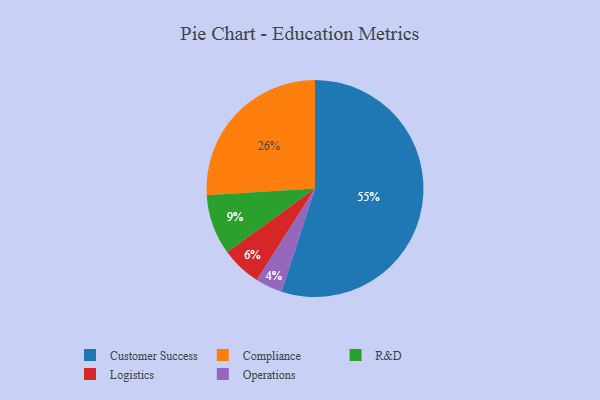
{"axis": {"x": "Category", "y": "Percentage"}, "legend": ["Compliance", "Customer Success", "Logistics", "Operations", "R&D"], "data": [{"x": "Operations", "y": 4, "type": "Operations"}, {"x": "Logistics", "y": 6, "type": "Logistics"}, {"x": "Customer Success", "y": 55, "type": "Customer Success"}, {"x": "Compliance", "y": 26, "type": "Compliance"}, {"x": "R&D", "y": 9, "type": "R&D"}]}